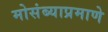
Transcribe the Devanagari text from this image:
मोसंब्याप्रमाणे